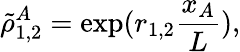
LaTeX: \tilde{\rho}_{1,2}^{A}=\exp(r_{1,2}\frac{x_{A}}{L}),